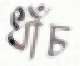
ধাঁচ